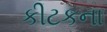
કીટકના